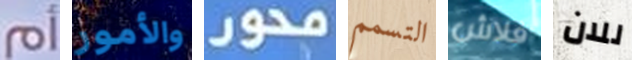
أم والأمور محور التسمم فلاش للان